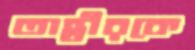
তাহ্রীরকে